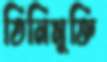
তিনিমুক্তি